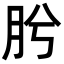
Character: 肹